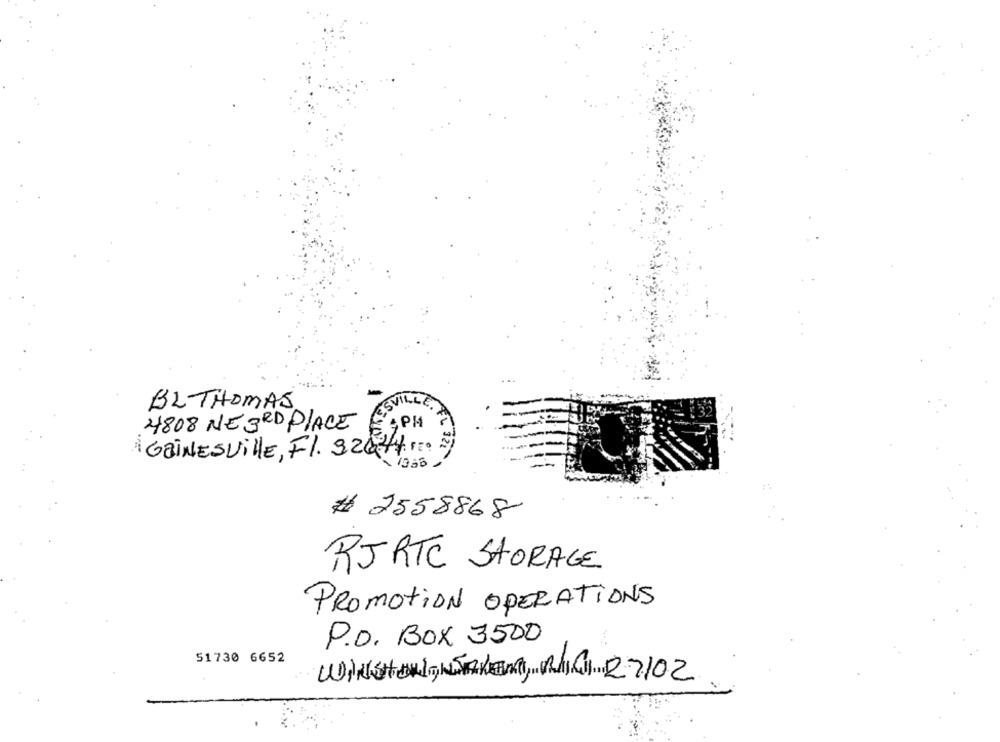
BL THOMAS
ESVIL
4808 NE 3RD PLACE
: 4PM
AL 12
GAINESVILLE, Fl. 32624 1. 5
2558868
RJRTC STORAGE
PROMOTION OPERATIONS
P.O. BOX 3500
51730 6652
WINSTON, SAKEN, RINI 27/02